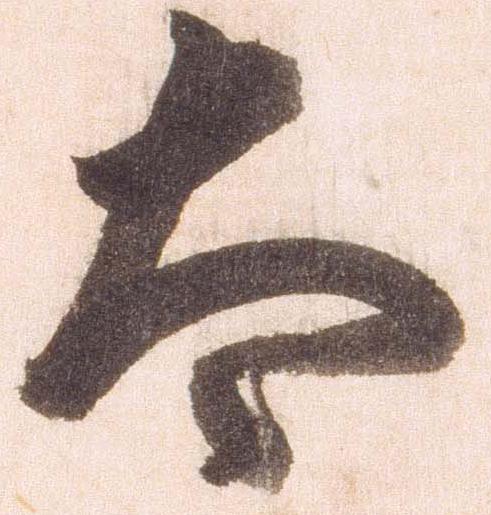
太